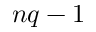
n q - 1